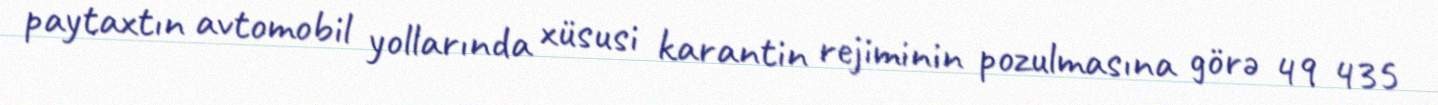
paytaxtın avtomobil yollarında xüsusi karantin rejiminin pozulmasına görə 49 435